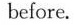
before.